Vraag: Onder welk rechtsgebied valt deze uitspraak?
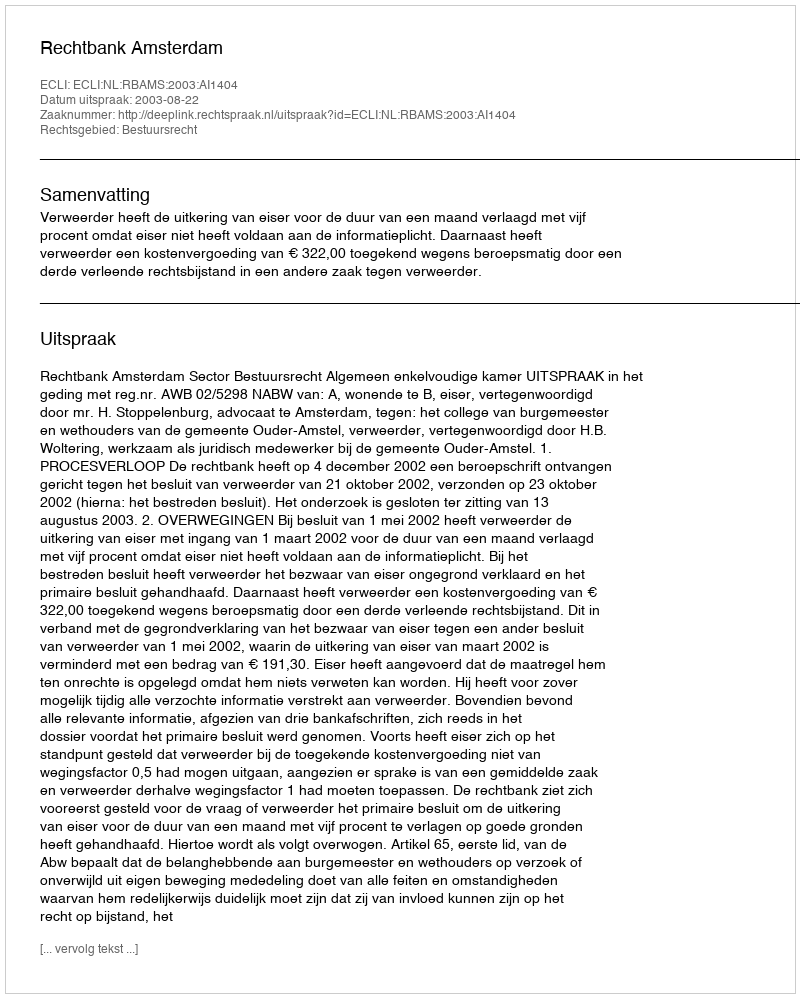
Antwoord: Bestuursrecht